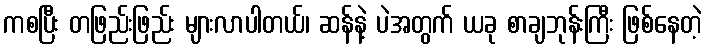
ကစပြီး တဖြည်းဖြည်း များလာပါတယ်၊ ဆန်နဲ့ ပဲအတွက် ယခု စာချဘုန်းကြီး ဖြစ်နေတဲ့